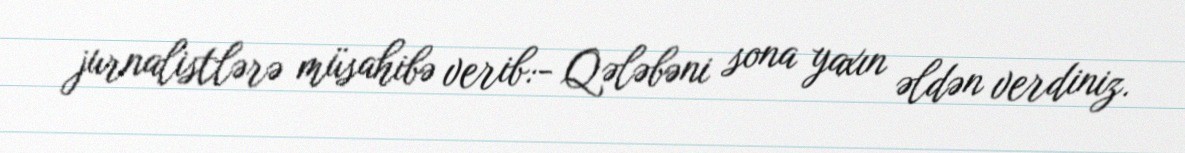
jurnalistlərə müsahibə verib:- Qələbəni sona yaxın əldən verdiniz.